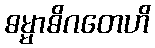
ဓမ္မာဓိဂတေဟိ